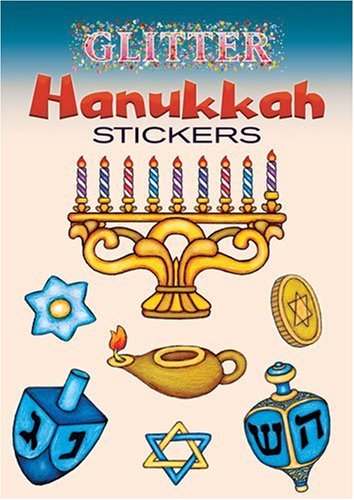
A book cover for Glitter Hanukkah Stickers (Dover Little Activity Books Stickers); Freddie Levin; Children's Books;